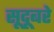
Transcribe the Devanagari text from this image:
सूदूबरे